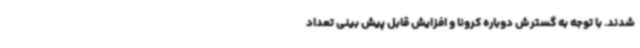
شدند. با توجه به گسترش دوباره کرونا و افزایش قابل پیش بینی تعداد